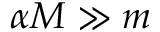
\alpha M \gg m